Medical and sanitary report of the native army of Madras for the year
Year: 1878
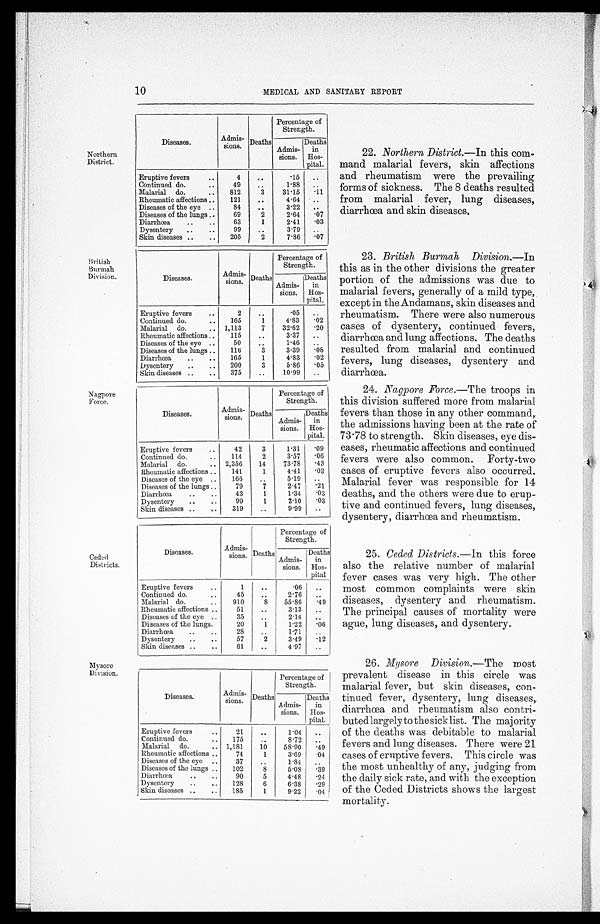
10
MEDICAL AND SANITARY REPORT
Northern
District.
Diseases.
Admis -
sions. Deaths
Percentage of
Strength.
Admis-
sions.
Deaths
in
Hos-
pital.
Eruptive fevers
..
4
. .
.15
..
Continued do.
..
4
..
1.88 ..
Malarial do.
..
812
3
31.15 .11
Rheumatic affections ..
121
..
4.64
. .
Diseases of the eye ..
8
..
3.22
. .
Diseases of the lungs ..
69
2
2.64
.07
Diarrhœa
..
..
63
1
2.41 .03
Dysentery
..
..
9
..
3.79
. .
Shin diseases ..
..
205
2
7.86 .07
22. Northern District .—In this com-
mand malarial fevers, skin affections
and rheumatism were the prevailing
forms of sickness. The 8 deaths resulted
from malarial fever, lung diseases,
diarrhœa and skin diseases.
British
Burmah
Division.
Diseases.
Ad m is -
sions. Deaths
Percentage of
Strength.
Deaths
in
Hos-
pital.
Admis-
sions.
Eruptive fevers
..
2
..
.05
. .
Continued do.
..
165
1
4.83 .62
Malarial do.
.. 1,113
7
32.62 .20
Rheumatic affections ..
115
..
3.37
..
Diseases of the eye ..
50
. .
1.46
. .
Diseases of the lungs .
116
3
3.39
. 6 8
Diarrhœa
..
..
165
1
4.83 .02
Dysentery
. . .
..
200
3
5.86 .05
Skin diseases ..
..
375
..
10.99
..
23. British Burmah Division. I n
this as in the other divisions the greater
portion of the admissions was due to
malarial fevers, generally of a mild type,
except in the Andamans, skin diseases and
rheumatism. There were also numerous
cases of dysentery, continued fevers,
diarrhœa and lung affections. The deaths
resulted from malarial and continued
fevers, lung diseases, dysentery and
diarrhœa.
Nag ore
Force.
Ceded
Districts,
Mysore
Di eisiun.
Diseases.
Admis-
sions. Deaths
Percentage of
Strength.
Admis-
sions.
Deaths
in
Hos-
pital.
Eruptive fevers
..
42
3
1.31
.09
Continued do.
..
114
2
3.57 .06
Malarial do.
.. 2,356
14
73.78 .43
Rheumatic affections
. .
141
1
4.41 .03
Diseases of the eye ..
166
..
5.19
. .
Diseases of the lungs
..
79
7
2.47 .21
Diarrhœa
..
..
43
1
1.34 .03
Dysentery
..
..
99
1
3.10 .03
Skin diseases ..
..
319
..
9.99
..
Diseases.
Admis-
sions. Deaths
Percentage of
Strength.
Admis-
sions.
Deaths
in
Hos-
pital
Eruptive fevers
..
1
..
.06
. .
Continued do.
..
45
. .
2.76
. .
Malarial do.
..
910
8
55.86 .49
Rheumat i c af f ect i ons . . ..
51
..
3.13
..
Diseases of the eye ..
35
. .
2.14
. .
Diseases of the lungs.
. .
20
. . . .
1.22 .06
Diarrhœa
..
..
28
..
1.71
.
Dysentery
..
..
57
2 .
3.49 .12
Skin diseases ..
..
81
..
4.97
..
Diseases.
Admis-
sions. Deaths
I
Percentage of
Strength.
•
D e a t h s i n
Hos-
pital.
Admis-
sions.
Eruptive fevers
..
21
..
1.04 ..
Continued do.
..
175
..
8.72 ..
Malarial do.
.. 1,181
10
58.90 .49
Rheumatic affections ..
74
1
3.69
.04
Diseases of the eye ..
37
. .
1.84
. .
Diseases of the lungs ..
102
8
5.08
.39
Diarrhœa
..
. .
90
5
4.48 .1
Dysentery
..
..
128
6
6.38 .9
Skin diseases ..
..
185
1
9.22
. 0 4
24. Nagpore Force—
The troops in
this division suffered more from malarial
fevers than those in any other command,
the admissions having been at the rate of
73.78 to strength. Skin diseases, eye dis-
eases, rheumatic affections and continued
fevers were also common. Forty-two
cases of eruptive fevers also occurred.
Malarial fever was responsible for 14
deaths, and the others were due to erup-
tive and continued fevers, lung diseases,
dysentery, diarrhœa and rheumatism.
25. Ceded Districts .—ln this force
also the relative number of malarial
fever cases was very high. The other
most common complaints were skin
diseases, dysentery and rheumatism.
The principal causes of mortality were
ague, lung diseases, and dysentery..
26. Mysore Division .—The most
prevalent disease in this circle was
malarial fever, but skin diseases, con-
tinued fever, dysentery, lung diseases,.
diarrhœa and rheumatism also con tri-
buted largely to the sick list. The majority
of the deaths was debitable to malarial
fevers and lung diseases. There were 21
cases of eruptive fevers. This circle was
the most unhealthy of any, judging from
the daily sick rate, and with the exception
of the Ceded Districts shows the largest
mortality.